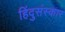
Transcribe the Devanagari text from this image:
हिंदुसंस्कार